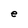
Character: e